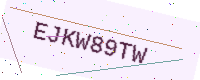
Text: EJKW89TW